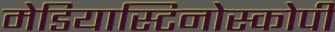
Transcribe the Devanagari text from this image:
मेडियास्टिनोस्कोपी